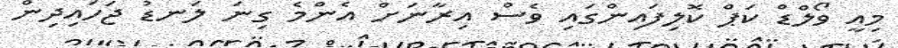
މިއީ ވޯލްޑް ކަޕް ކޮލިފައިންގައި ވެސް އިރާނަށް އެންމެ ގިނަ ލަނޑު ޖަހައިދިން